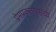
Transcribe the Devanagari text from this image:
प्रेमप्रकरणांमध्ये